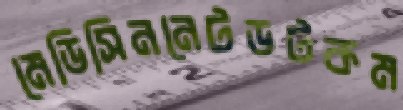
মেডিসিননেটডটকম